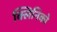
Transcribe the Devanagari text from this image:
क्लिनिको